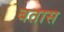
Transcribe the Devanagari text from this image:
बतास